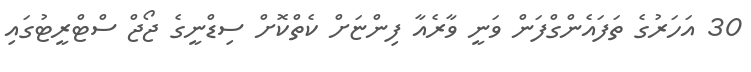
30 އަހަރުގެ ތަފައެންގްފަން ވަނީ ވާރެއާ ފިންޏަށް ކެތްކޮށް ސިޑްނީގެ ޖޯޖް ސްޓްރީޓުގައި